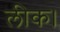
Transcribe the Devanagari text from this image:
लीक।